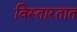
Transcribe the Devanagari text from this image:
विस्तारतात